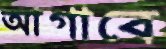
আগাবে